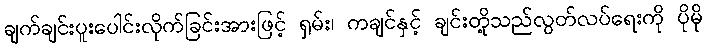
ချက်ချင်းပူးပေါင်းလိုက်ခြင်းအားဖြင့် ရှမ်း၊ ကချင်နှင့် ချင်းတို့သည်လွတ်လပ်ရေးကို ပိုမို